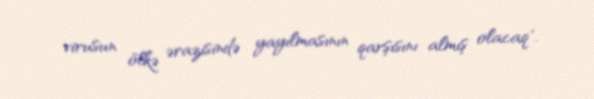
virusun ölkə ərazisində yayılmasının qarşısını almış olacaq".